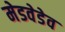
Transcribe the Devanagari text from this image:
मेडवेडेव